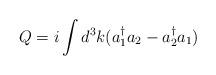
LaTeX: \begin{align*}Q= i\int d^3k (a^{\dag}_1 a_2 - a^{\dag}_2 a_1)\end{align*}